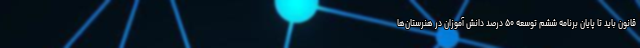
قانون باید تا پایان برنامه ششم توسعه ۵۰ درصد دانش آموزان در هنرستان‌ها